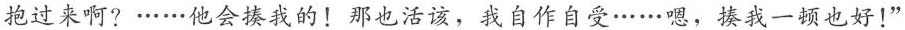
抱过来啊？……他会揍我的！那也活该，我自作自受……嗯，揍我一顿也好！”